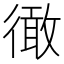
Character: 𢕭